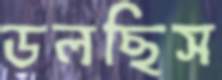
ডলছিস